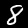
Digit: 8